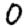
Digit: 0